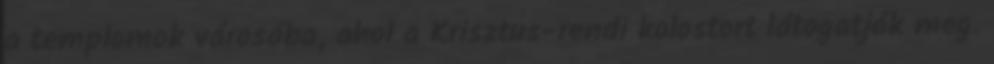
a templomok városába, ahol a Krisztus-rendi kolostort látogatják meg.